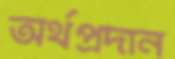
অর্থপ্রদান